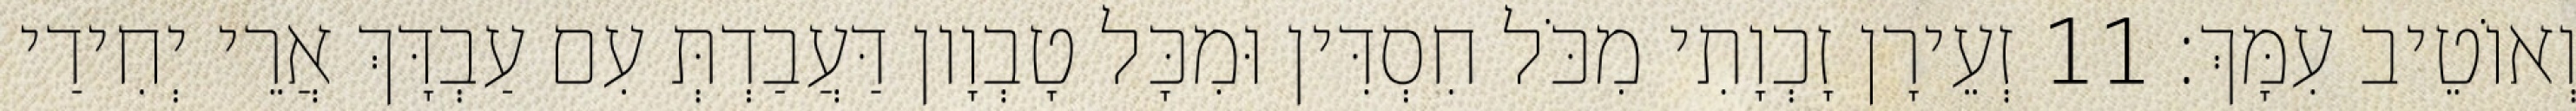
וְאוֹטֵיב עִמָּךְ׃ 11 זְעֵירָן זָכְוָתִי מִכֹּל חִסְדִּין וּמִכָּל טָבְוָון דַּעֲבַדְתְּ עִם עַבְדָּךְ אֲרֵי יְחִידַי